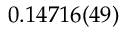
0 . 1 4 7 1 6 ( 4 9 )